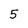
Character: 5